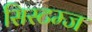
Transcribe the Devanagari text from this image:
सिस्टम्ज